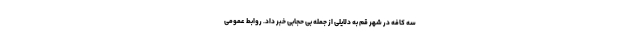
سه کافه در شهر قم به دلایلی از جمله بی حجابی خبر داد. روابط عمومی